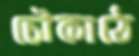
চৌকাঠে